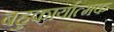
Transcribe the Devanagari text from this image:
बहुकार्यात्‍मक